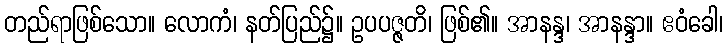
တည်ရာဖြစ်သော။ လောကံ၊ နတ်ပြည်၌။ ဥပပဇ္ဇတိ၊ ဖြစ်၏။ အာနန္ဒ၊ အာနန္ဒာ။ ဧဝံခေါ၊